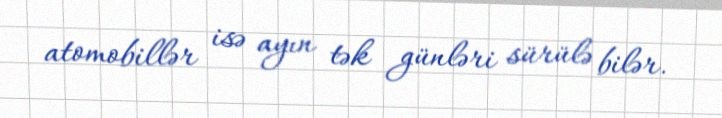
atomobillər isə ayın tək günləri sürülə bilər.